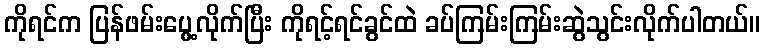
ကိုရင်က ပြန်ဖမ်းပွေ့လိုက်ပြီး ကိုရင့်ရင်ခွင်ထဲ ခပ်ကြမ်းကြမ်းဆွဲသွင်းလိုက်ပါတယ်။